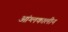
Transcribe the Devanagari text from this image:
आंग्लकालीन